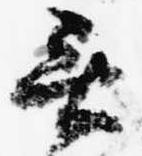
無